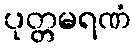
ပုတ္တမရဏံ